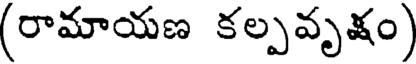
(రామాయణ కల్పవృక్షం)